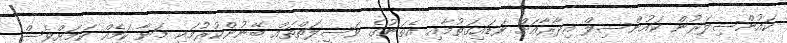
ކައުންސިލަރުން ކައުންސިލް އިދާރާއަށް ވަޑައިގަތުމާއި އެތަނުގެ ވަސީލަތްތައް ބޭނުންކުރުމަކީ މަނާ ކަމެއް ކަމަށްވެސް